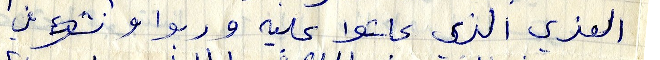
العزي الذي عاشوا عليه وربوا ع نشوءفي